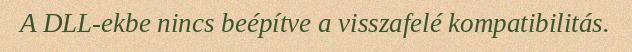
A DLL-ekbe nincs beépítve a visszafelé kompatibilitás.